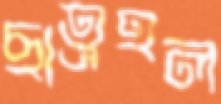
ছাত্রহল